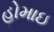
હોમાઇ